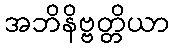
အဘိနိဗ္ဗတ္တိယာ